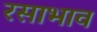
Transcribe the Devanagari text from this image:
रसाभाव